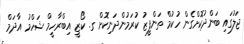
ޖަލުގައި ބަންދުކޮށްގެން ހުކުމް ތަންފީޒު ކުރަމުންދަނިކޮށް ގ. ކޯޒީ އިބްރާހީމް ޝަހްމު އާދަމް